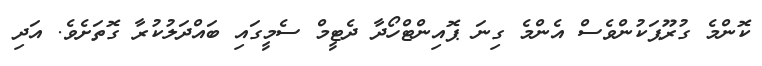
ކޮންމެ ގުރޫޕަކުންވެސް އެންމެ ގިނަ ޕޮއިންޓްހޯދާ ދެޓީމް ސެމީގައި ބައްދަލުކުރާ ގޮތަށެވެ. އަދި